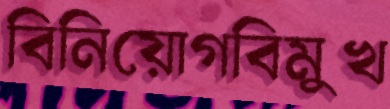
বিনিয়োগবিমুখ